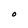
Character: O